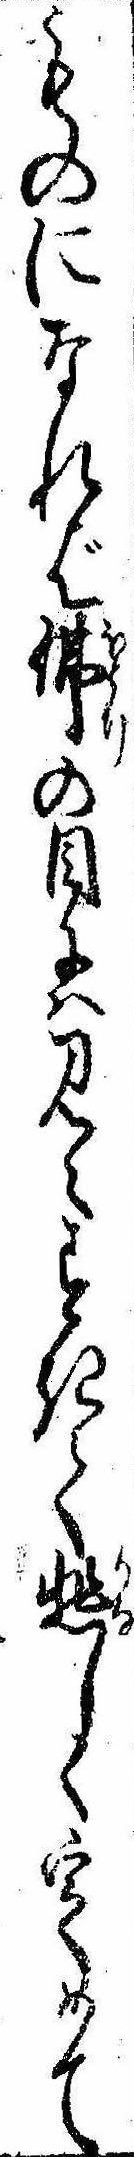
ものになれば仏の目には見えすきて悲しく定めて